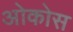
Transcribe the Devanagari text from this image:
ओकोस